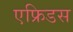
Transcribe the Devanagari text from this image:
एफ्रिडस